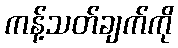
ကန့်သတ်ချက်ကို